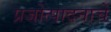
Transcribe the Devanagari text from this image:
प्रजोत्पादनाचे